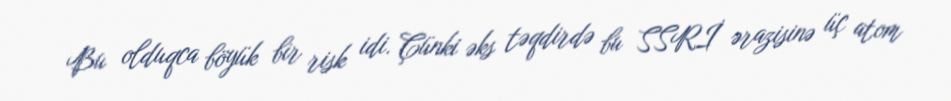
Bu olduqca böyük bir risk idi. Çünki əks təqdirdə bu SSRİ ərazisinə üç atom